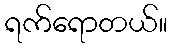
ရက်ရောတယ်။